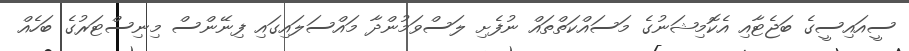
ސީއައިސީގެ ބަޖެޓާއި އެކޮމިޝަނުގެ މަސައްކަތްތައް ނުފެށި ލަސްވަމުންދާ މައްސަލައިގައި ފިނޭންސް މިނިސްޓަރުގެ ބަހެއް